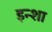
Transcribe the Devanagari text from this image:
इन्शा